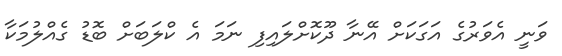
ވަނީ އެވަރުގެ އަގަކަށް އޭނާ ދޫކޮށްލައިފި ނަމަ އެ ކްލަބަށް ބޮޑު ގެއްލުމަކާ